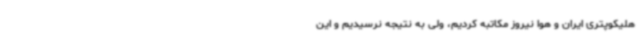
هلیکوپتری ایران و هوا نیروز مکاتبه کردیم، ولی به نتیجه نرسیدیم و این